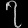
Digit: ၇